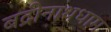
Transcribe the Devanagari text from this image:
बद्रीनाथधाम